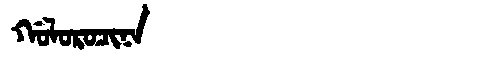
Manchu: ᡤᠣᠯᠣᡵᠣᠴᡳᠨᠠ
Romanization: GOLOROCINA